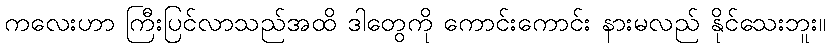
ကလေးဟာ ကြီးပြင်လာသည်အထိ ဒါတွေကို ကောင်းကောင်း နားမလည် နိုင်သေးဘူး။